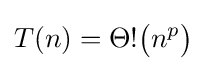
T(n)=\Theta !{\bigl (}n^{p}{\bigr )}